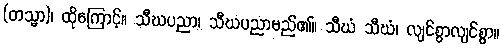
(တသ္မာ)၊ ထိုကြောင့်။ သီဃပညာ၊ သီဃပညာမည်၏။ သီဃံ သီဃံ၊ လျင်စွာလျင်စွာ။